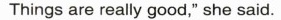
Things are really good," she said.